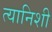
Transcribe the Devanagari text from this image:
त्यानिशी